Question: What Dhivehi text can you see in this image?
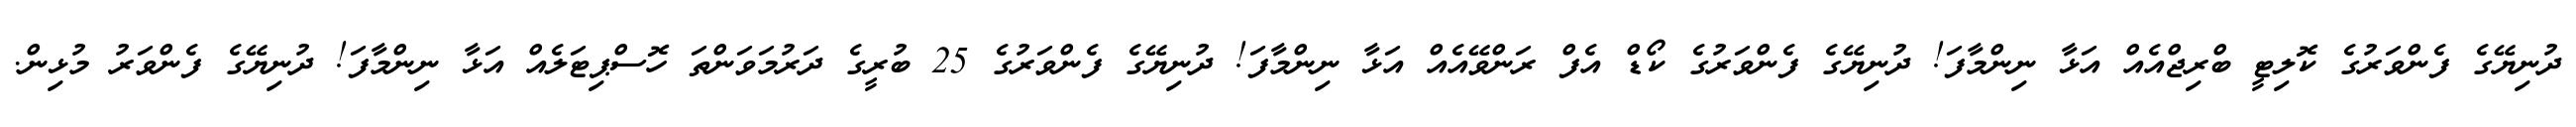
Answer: ދުނިޔޭގެ ފެންވަރުގެ ކޮލިޓީ ބްރިޖްއެއް އަޅާ ނިންމާފަ! ދުނިޔޭގެ ފެންވަރުގެ ކޯޑް އެފް ރަންވޭއެއް އަޅާ ނިންމާފަ! ދުނިޔޭގެ ފެންވަރުގެ 25 ބުރީގެ ދަރުމަވަންތަ ހޮސްޕިޓަލެއް އަޅާ ނިންމާފަ! ދުނިޔޭގެ ފެންވަރު މުޅިން.